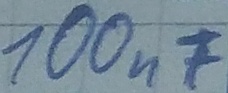
Text: 100µF